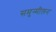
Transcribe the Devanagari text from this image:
समुन्मीलन